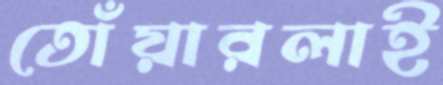
তোঁয়ারলাই